Report of the King Institute of Preventive Medicine, Guindy
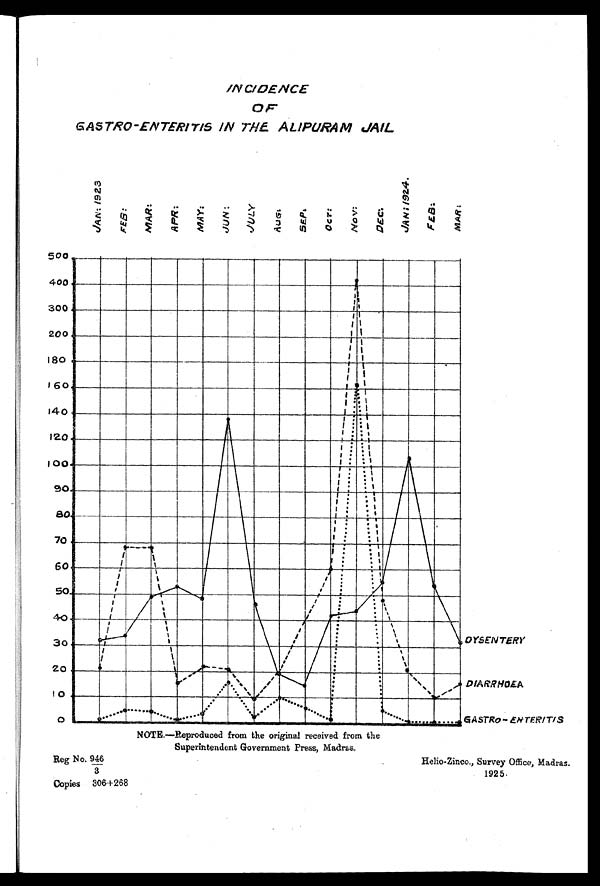
INCIDENCE
OF
GASTRO-ENTERITIS IN THE ALIPURAM JAIL
NOTE.—Reproduced from the original received from the
Superintendent Government Press, Madras.
Reg No. 946
/3
Copies 306+268
Helio-Zinco., Survey Office, Madras.
1925.